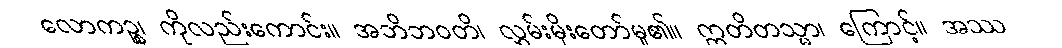
လောကဉ္စ၊ ကိုလည်းကောင်း။ အဘိဘဝတိ၊ လွှမ်းမိုးတော်မူ၏။ ဣတိတသ္မာ၊ ကြောင့်။ အဿ